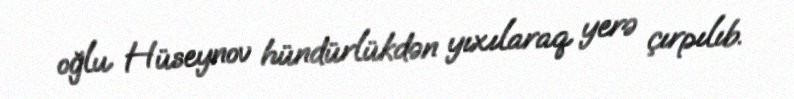
oğlu Hüseynov hündürlükdən yıxılaraq yerə çırpılıb.